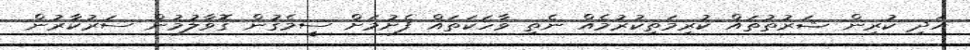
އަދި ކުރިން ޝަރުތުތައް ކުރިމަތިކުރުމެއް ނެތި ވާހަކަތައް ފެށުމަށް ސީމެގުން ގޮވާލުމުން ސަރުކާރުން